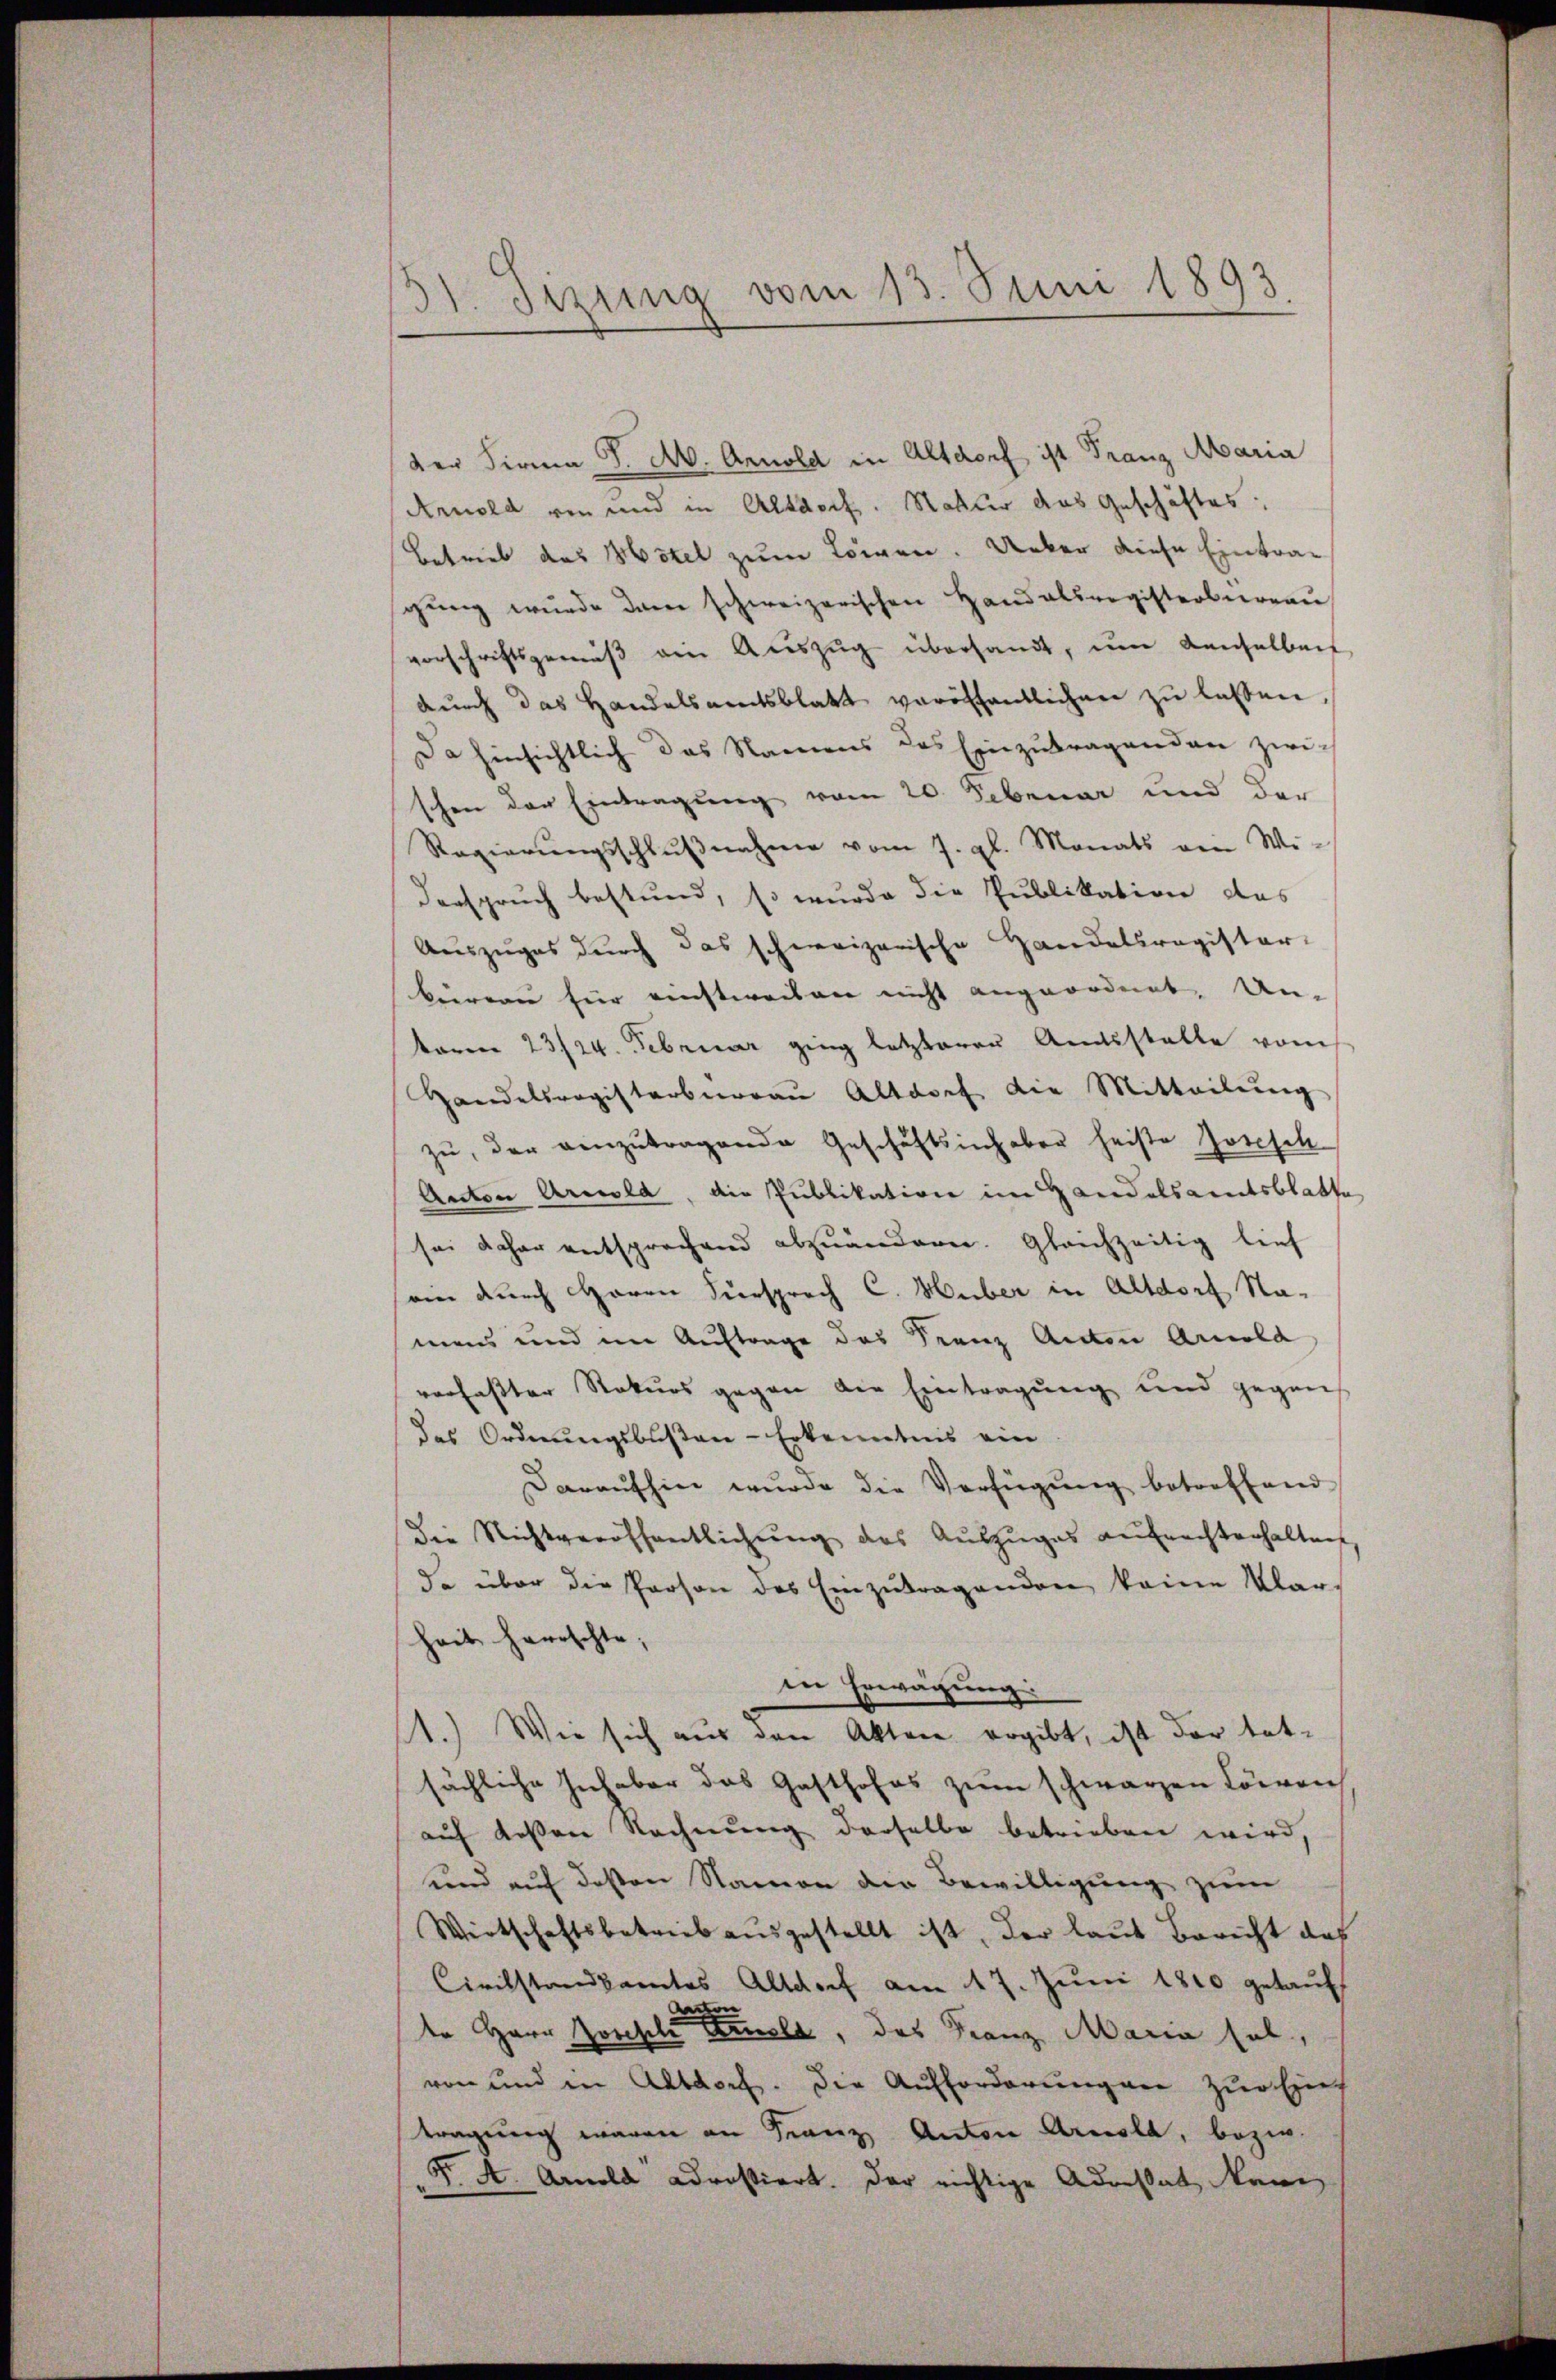
3t. Jizung vom 13. Juni 1893

der Firma P. M. Arnold in Altdorf ist Franz Maria
Arnold von und in Altdorf. Natur das Geschäftes:
Betrieb das Mitel zum Löwen. Ueber diese Eintragŭng wurde dann schweizerischen Handelsregisterbureau
vorschriftsgemäβ am Aŭszŭg übersandt, ŭm denselben
dŭrch das Handelsamtsblatt veröffentlichen zŭ lassen,
Da hinsichtlich das Namens des Einzŭtragenden zwi-
schen der Eintragung vom 20. Februar und der
Regierŭngsschlŭβnahme vom 7. gl. Monats von Wi¬
Verspruch bestund, so wurde die Publikation des
Auszuges durch das schweizerische Handelsregister-
beirern für einstweisen nicht angeordnet. Un-
term 23/24. Februar ging letzteren Amtsstelle vom
Handelsregisterbüreaŭ Altdorf die Mitteilŭng
zu, der einzutragende Geschäftsinhaber heiste Josesch
Anton Arnold, die Publikation im Handelsamtsblatte,
sei daher entsprochend abzuändern. Gleichzeitig lief
am durch Herrn Fürsprach C. Huber in Altdorf Namens und im Auftrage des Franz Anton Arnold
verfaßter Rekurs gegen die Eintragung und gegens
das Ordnungsbußen-Erkenntnis ein
Daraufhin wurde die Verfügŭng betroffend
die Nichtveröffentlichŭng des Aŭszŭges aufrechterhalten,
. über die Person des Einzutragenden keine Klarheit herrschte,
in Erwägung:
1.) Wie sich aus den Akten ergibt, ist der tat-
sächliche Inhaber das Gasthofes zum schwarzen Lörren
auf dessen Rechnung derselbe betrieben wird,
und auf dessen Namen die Bewilligung zum
Wirtschaftsbetreib ausgestellt ist, der laut Bericht das
Civilstandsamtes Altdorf am 17. Juni 1810 getauft
te Herr Zorcsele Biel, das Franz Maria hat,
von und in Altdorf. Die Aufforderungen zur Einh
tragung waren an Franz Anton Arnold, bezw.
P. A. Arnold adrostiert. Der richtige Adrestat kann